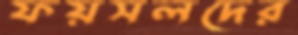
ফয়সলদের